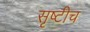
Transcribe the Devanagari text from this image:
सृष्टीच